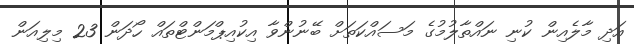
އަދި މާލެއިން ކުނި ނައްތާލުމުގެ މަސައްކަތަށް ބޭނުންވާ އިކުއިޕްމަންޓްތައް ހޯދަން 23 މިލިއަން